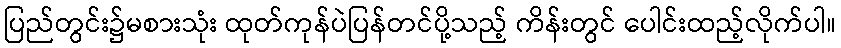
ပြည်တွင်း၌မစားသုံး ထုတ်ကုန်ပဲပြန်တင်ပို့သည့် ကိန်းတွင် ပေါင်းထည့်လိုက်ပါ။